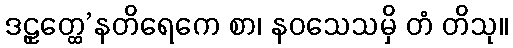
ဒဠှတ္ထေ’နတိရေကေ စာ၊ နဝသေသမှိ တံ တိသု။